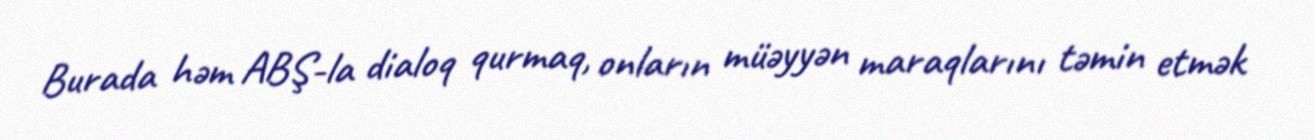
Burada həm ABŞ-la dialoq qurmaq, onların müəyyən maraqlarını təmin etmək